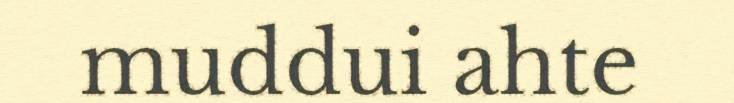
muddui ahte